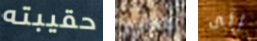
حقيبته كاثلين إلى